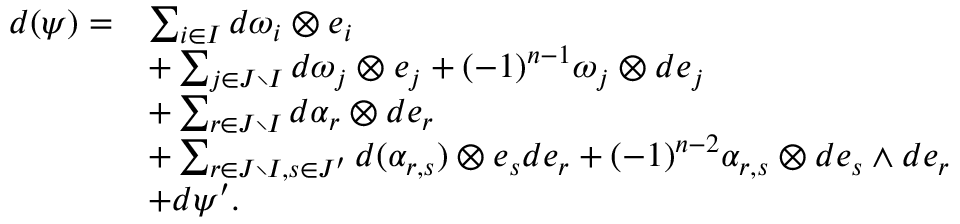
\begin{array} { r l } { d ( \psi ) = } & { \sum _ { i \in I } d \omega _ { i } \otimes e _ { i } } \\ & { + \sum _ { j \in J \setminus I } d \omega _ { j } \otimes e _ { j } + ( - 1 ) ^ { n - 1 } \omega _ { j } \otimes d e _ { j } } \\ & { + \sum _ { r \in J \setminus I } d \alpha _ { r } \otimes d e _ { r } } \\ & { + \sum _ { r \in J \setminus I , s \in J ^ { \prime } } d ( \alpha _ { r , s } ) \otimes e _ { s } d e _ { r } + ( - 1 ) ^ { n - 2 } \alpha _ { r , s } \otimes d e _ { s } \wedge d e _ { r } } \\ & { + d \psi ^ { \prime } . } \end{array}